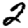
Digit: 2